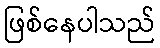
ဖြစ်နေပါသည်